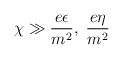
\begin{align*}\chi \gg \frac{e\epsilon}{m^2},\; \frac{e\eta}{m^2}\end{align*}